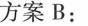
方案B：